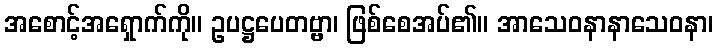
အစောင့်အရှောက်ကို။ ဥပဋ္ဌပေတဗ္ဗာ၊ ဖြစ်စေအပ်၏။ အာသေဝနာနာသေဝနာ၊